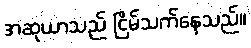
အဆုယာသည် ငြိမ်သက်နေသည်။